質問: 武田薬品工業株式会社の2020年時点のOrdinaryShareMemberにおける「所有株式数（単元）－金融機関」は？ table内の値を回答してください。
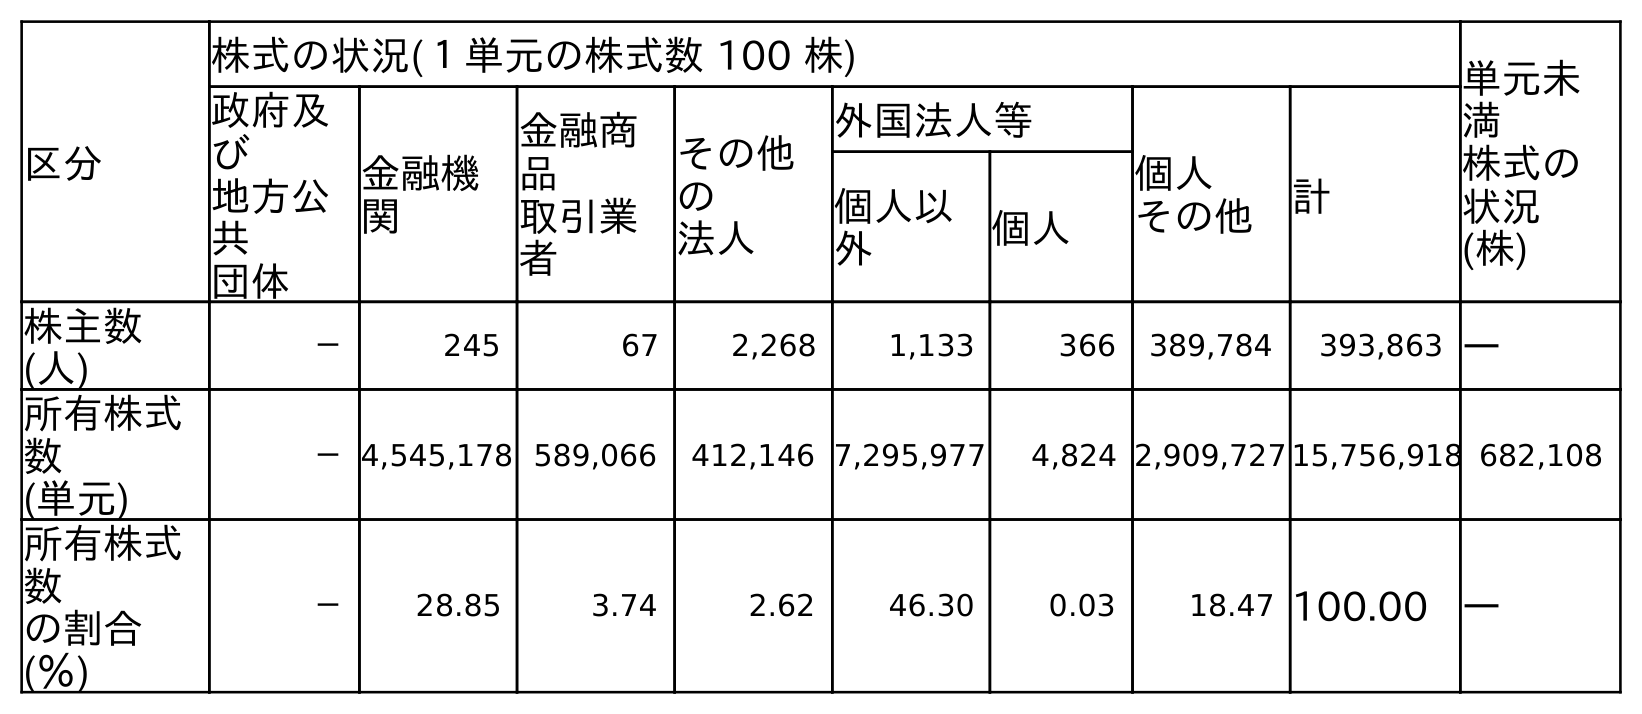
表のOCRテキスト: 区分 株式の状況(１単元の株式数 100 株) 単元未 満 株式の 状況 (株) 政府及 び 地方公 共 団体 金融機 関 金融商 品 取引業 者 その他 の 法人 外国法人等 個人 その他 計 個人以 外 個人 株主数 (人) － 245 67 2,268 1,133 366 389,784 393,863 ― 所有株式 数 (単元) －4,545,178 589,066 412,146 7,295,977 4,824 2,909,727 15,756,918 682,108 所有株式 数 の割合 (％) － 28.85 3.74 2.62 46.30 0.03 18.47 100.00 ―
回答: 4,545,178